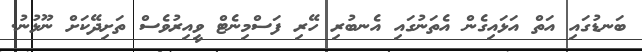
ބަނޑުގައި އަތް އަޅައިގެން އެތަނުގައި އެނބުރި ހޭރި ފަސްމިނެޓް ވީއިރުވެސް ތަށިދޭކަށް ނޫޅުނު.